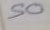
50